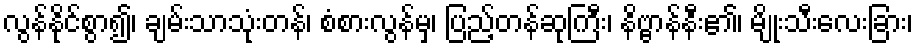
လွန်နိုင်စွာ၍၊ ချမ်းသာသုံးတန်၊ စံစားလွန်မှ၊ ပြည့်တန်ဆုကြီး၊ နိဗ္ဗာန်နီး၏၊ မျိုးသီးလေးခြား၊